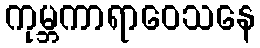
ကုမ္ဘကာရာဝေသနေ